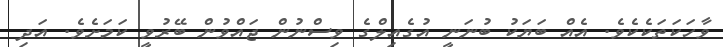
ވާހަކަތަކެކެވެ. އެއް ބަޔަކު ބުނަނީ އުގެއިލްގެ ވިސްނުން ޖައްވުން ބޭރުވީ ކަމަށެވެ. އަދި